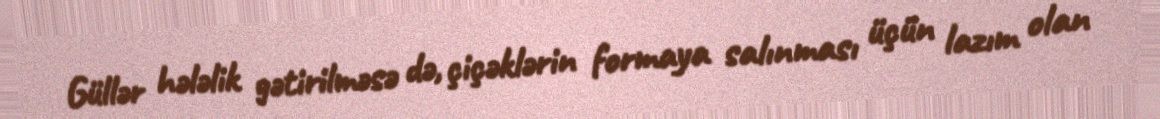
Güllər hələlik gətirilməsə də, çiçəklərin formaya salınması üçün lazım olan